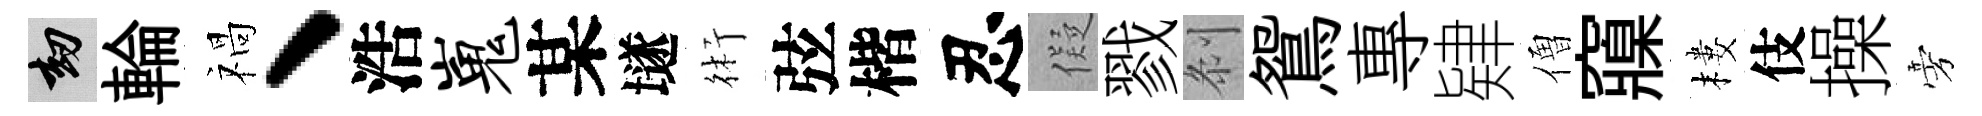
劫輪禍、浩嵬某𡑞術弦楷忍儗戮𠛴鴛專肄僧䆿樓伎操旁